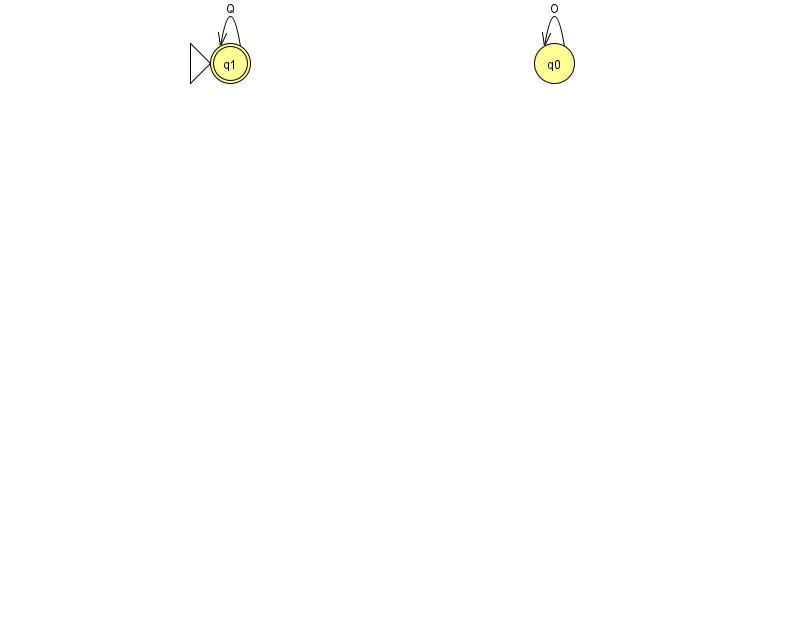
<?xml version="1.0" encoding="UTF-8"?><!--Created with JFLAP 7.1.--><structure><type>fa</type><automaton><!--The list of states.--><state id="0" name="q0"><x>554.0</x><y>50.0</y></state><state id="1" name="q1"><x>230.0</x><y>50.0</y><initial/><final/></state><!--The list of transitions.--><transition><from>1</from><to>1</to><read>Q</read></transition><transition><from>0</from><to>0</to><read>O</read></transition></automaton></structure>